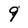
Character: 9